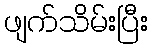
ဖျက်သိမ်းပြီး